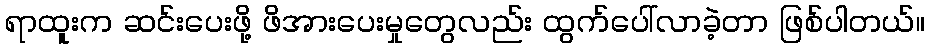
ရာထူးက ဆင်းပေးဖို့ ဖိအားပေးမှုတွေလည်း ထွက်ပေါ်လာခဲ့တာ ဖြစ်ပါတယ်။